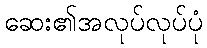
ဆေး၏အလုပ်လုပ်ပုံ